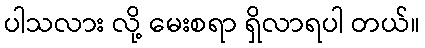
ပါသလား လို့ မေးစရာ ရှိလာရပါ တယ်။